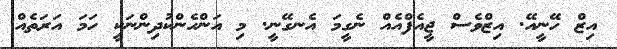
އިޒް ހޭނީއޭ. އިޒްވެސް ޖީއެފްއެއް ނެގީމަ އެނގޭނީ. މި އަންހެންކުދިންނަކީ ހަމަ އަރަތެއް